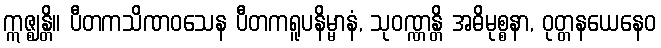
ဣဇ္ဈန္တိ။ ပီတကသိဏဝသေန ပီတကရူပနိမ္မာနံ, သုဝဏ္ဏန္တိ အဓိမုစ္စနာ, ဝုတ္တနယေနေဝ